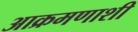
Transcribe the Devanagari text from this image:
आक्रमणाशी